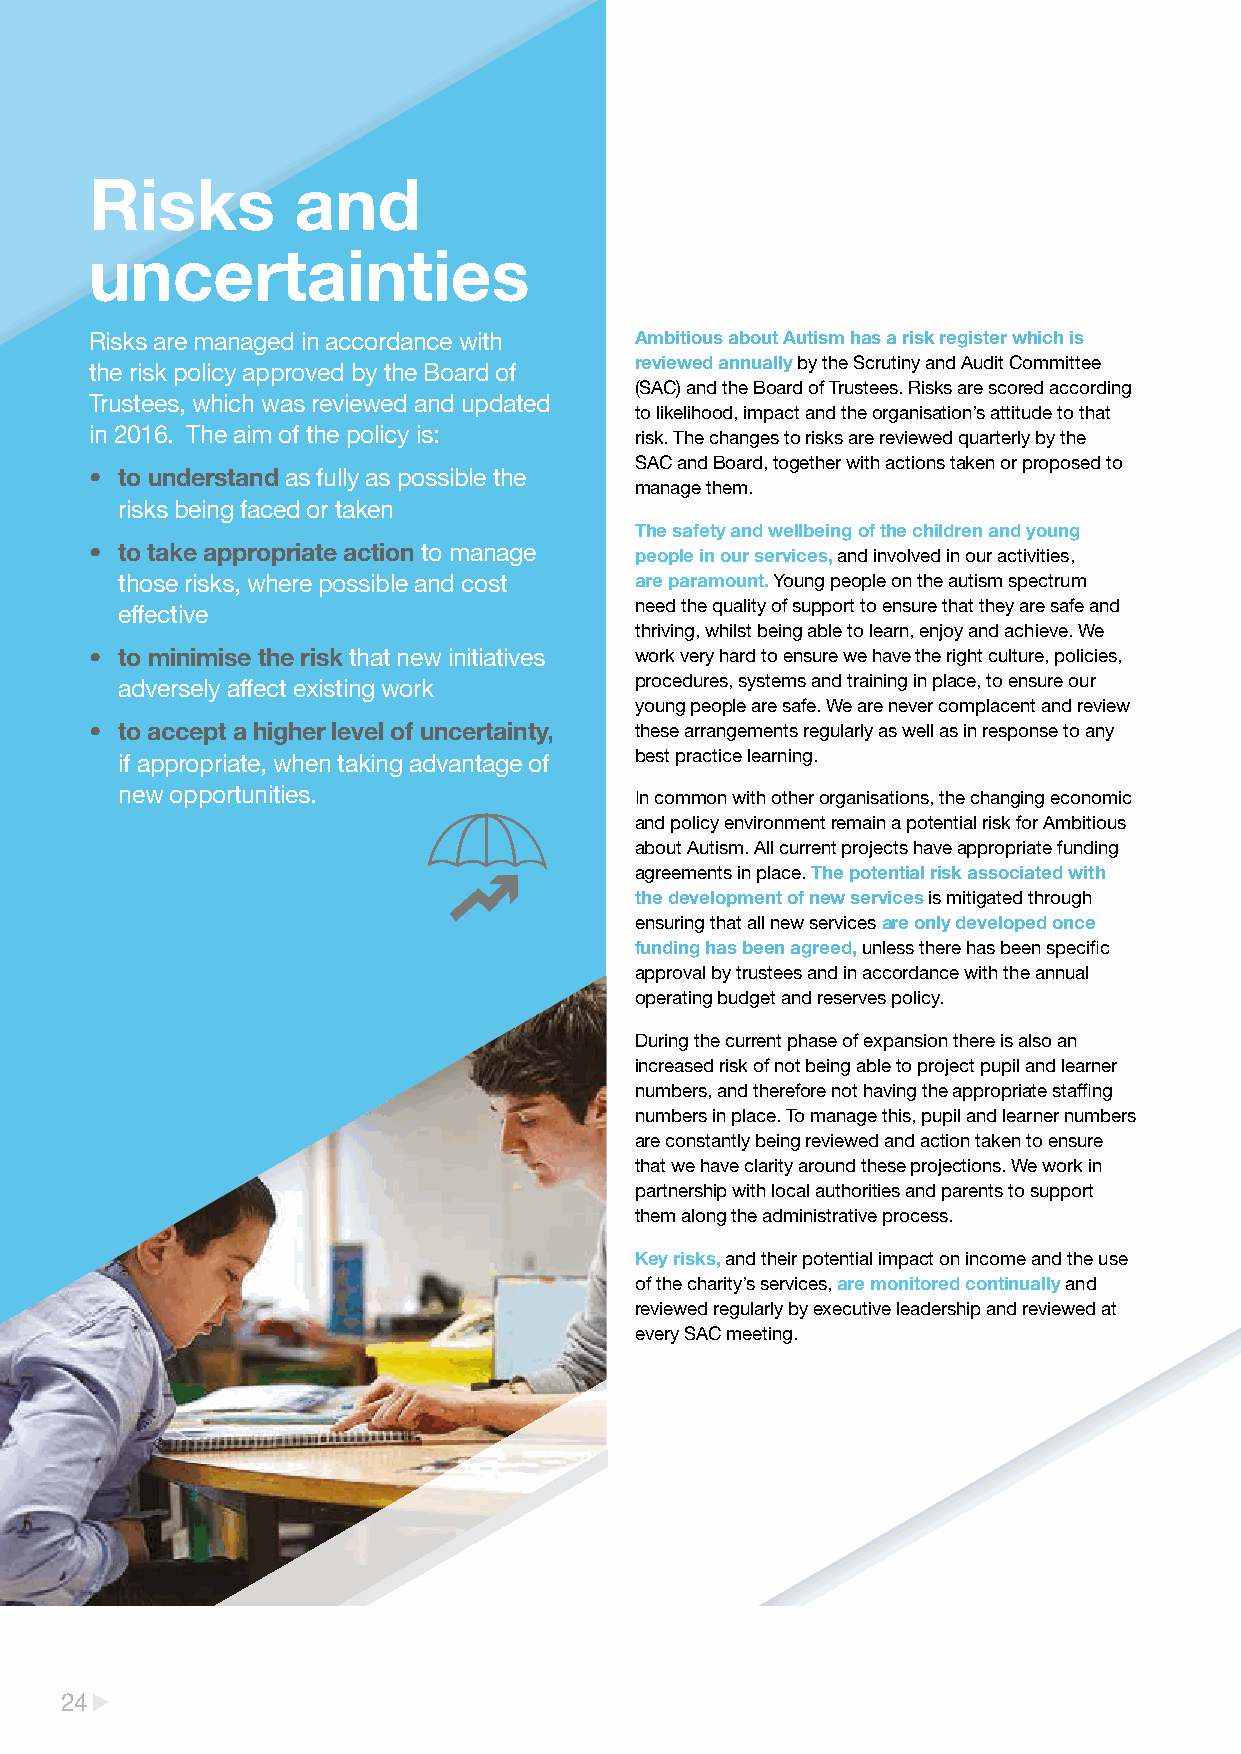
Risks        and
 uncertainties
 Risks are managed in accordance with Ambitious about Autism has a risk register which is
 reviewed annually by the Scrutiny and Audit Committee
 the risk policy approved by the Board of
 (SAC) and the Board of Trustees. Risks are scored according
 Trustees, which was reviewed and updated
 to likelihood, impact and the organisation’s attitude to that
 in 2016. The aim of the policy is:  risk. The changes to risks are reviewed quarterly by the
 SAC and Board, together with actions taken or proposed to
 • to understand as fully as possible the
 manage them.
 risks being faced or taken
 The safety and wellbeing of the children and young
 • to take appropriate action to manage people in our services, and involved in our activities,
 those risks, where possible and cost are paramount. Young people on the autism spectrum
 need the quality of support to ensure that they are safe and
 effective
 thriving, whilst being able to learn, enjoy and achieve. We
 • to minimise the risk that new initiatives work very hard to ensure we have the right culture, policies,
 adversely affect existing work    procedures, systems and training in place, to ensure our
 young people are safe. We are never complacent and review
 • to accept a higher level of uncertainty, these arrangements regularly as well as in response to any
 if appropriate, when taking advantage of best practice learning.
 new opportunities.                In common with other organisations, the changing economic
 and policy environment remain a potential risk for Ambitious
 about Autism. All current projects have appropriate funding
 agreements in place. The potential risk associated with
 the development of new services is mitigated through
 ensuring that all new services are only developed once
 funding has been agreed, unless there has been specific
 approval by trustees and in accordance with the annual
 operating budget and reserves policy.
 During the current phase of expansion there is also an
 increased risk of not being able to project pupil and learner
 numbers, and therefore not having the appropriate staffing
 numbers in place. To manage this, pupil and learner numbers
 are constantly being reviewed and action taken to ensure
 that we have clarity around these projections. We work in
 partnership with local authorities and parents to support
 them along the administrative process.
 Key risks, and their potential impact on income and the use
 of the charity’s services, are monitored continually and
 reviewed regularly by executive leadership and reviewed at
 every SAC meeting.
 24